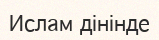
Ислам дінінде